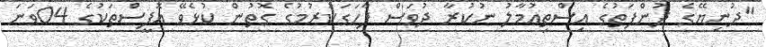
"ދުނިޔޭގެ ދުންފަތުގެ އިސްތިޢުމާލު ނުކުރާ ދުވަސް ފާހަގަކުރުމުގެ ގޮތުން ކުޅެވޭ އޮފީސްތަކުގެ 04ވަނަ